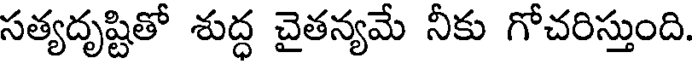
సత్యదృష్టితో శుద్ధ చైతన్యమే నీకు గోచరిస్తుంది.